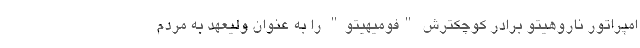
امپراتور ناروهیتو برادر کوچکترش "فومیهیتو" را به عنوان ولیعهد به مردم